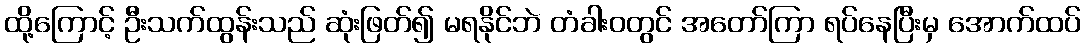
ထို့ကြောင့် ဦးသက်ထွန်းသည် ဆုံးဖြတ်၍ မရနိုင်ဘဲ တံခါးဝတွင် အတော်ကြာ ရပ်နေပြီးမှ အောက်ထပ်